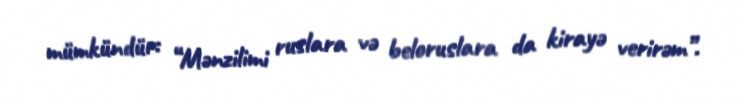
mümkündür: “Mənzilimi ruslara və beloruslara da kirayə verirəm”.